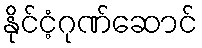
နိုင်ငံ့ဂုဏ်ဆောင်